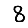
Digit: 8